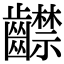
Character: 齽